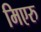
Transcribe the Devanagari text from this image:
मिएरु